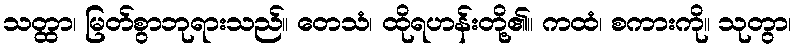
သတ္ထာ၊ မြတ်စွာဘုရားသည်။ တေသံ၊ ထိုရဟန်းတို့၏။ ကထံ၊ စကားကို။ သုတွာ၊